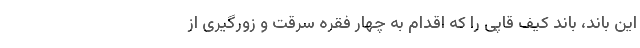
این باند، باند کیف قاپی را که اقدام به چهار فقره سرقت و زورگیری از